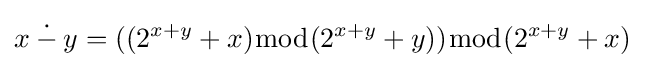
x\mathbin {\dot {-}} y=((2^{x+y}+x){\bmod {(}}2^{x+y}+y)){\bmod {(}}2^{x+y}+x)